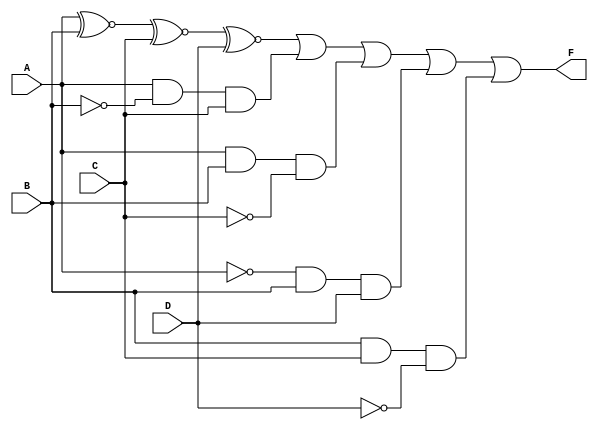
module four_variable_kmap (
    input wire A,    // Input variable A
    input wire B,    // Input variable B
    input wire C,    // Input variable C
    input wire D,    // Input variable D
    output wire F    // Output F (simplified Boolean function)
);

// K-map implementation using a combinational logic block
assign F = (A ~^ B ~^ C ~^ D) |  // Example terms based on K-map groups
           (A & ~B & C) |       // Another example term
           (A & B & ~C) |       // Another example term
           (~A & B & D) |       // Another example term
           (B & C & ~D)         // Another example term
           ; 

endmodule